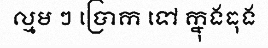
ល្មម ៗ ប្រោក ទៅ ក្នុងធុង